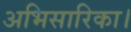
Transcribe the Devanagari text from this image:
अभिसारिका।